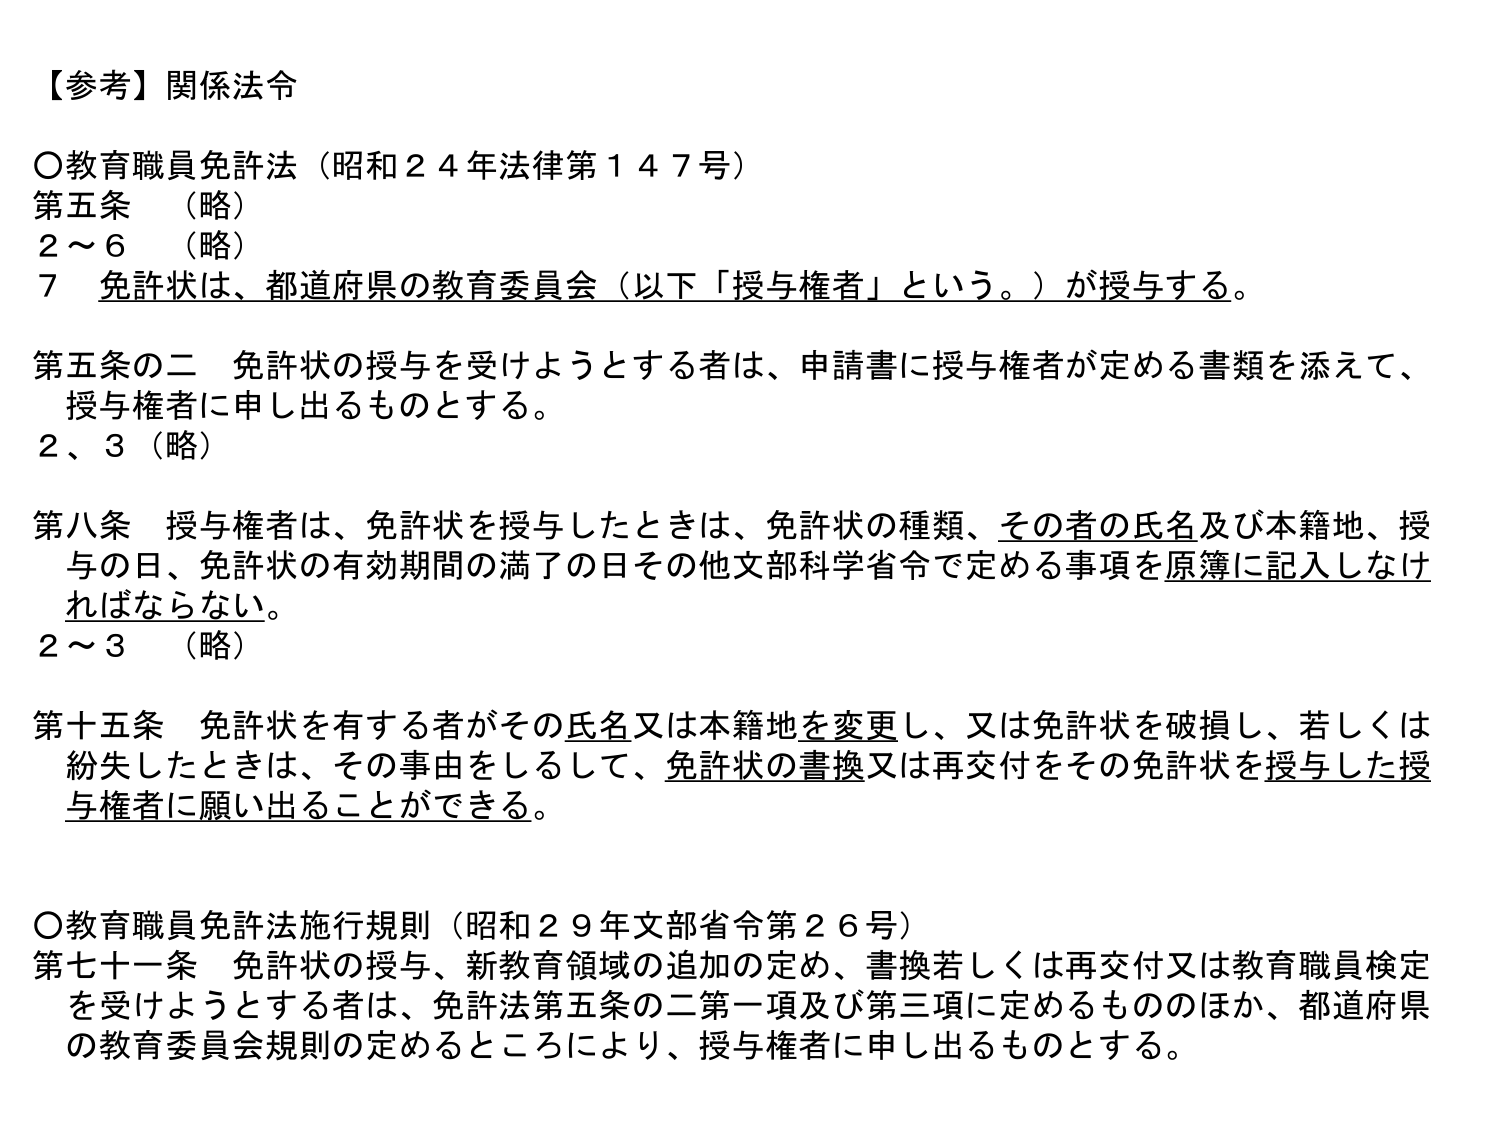
【参考】関係法令

○教育職員免許法（昭和２４年法律第１４７号）
第五条　（略）
２～６　（略）
７　免許状は、都道府県の教育委員会（以下「授与権者」という。）が授与する。

第五条の二　免許状の授与を受けようとする者は、申請書に授与権者が定める書類を添えて、
　授与権者に申し出るものとする。
２、３　（略）

第八条　授与権者は、免許状を授与したときは、免許状の種類、その者の氏名及び本籍地、授
　与の日、免許状の有効期間の満了の日その他文部科学省令で定める事項を原簿に記入しなけ
　ればならない。
２～３　（略）

第十五条　免許状を有する者がその氏名又は本籍地を変更し、又は免許状を破損し、若しくは
　紛失したときは、その事由をしるして、免許状の書換又は再交付をその免許状を授与した授
　与権者に願い出ることができる。

○教育職員免許法施行規則（昭和２９年文部省令第２６号）
第七十一条　免許状の授与、新教育領域の追加の定め、書換若しくは再交付又は教育職員検定
　を受けようとする者は、免許法第五条の二第一項及び第三項に定めるもののほか、都道府県
　の教育委員会規則の定めるところにより、授与権者に申し出るものとする。